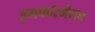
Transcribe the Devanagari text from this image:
इनफॉरर्मेशन